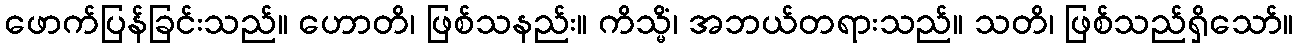
ဖောက်ပြန်ခြင်းသည်။ ဟောတိ၊ ဖြစ်သနည်း။ ကိသ္မိံ၊ အဘယ်တရားသည်။ သတိ၊ ဖြစ်သည်ရှိသော်။